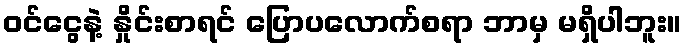
ဝင်ငွေနဲ့ နှိုင်းစာရင် ပြောပလောက်စရာ ဘာမှ မရှိပါဘူး။